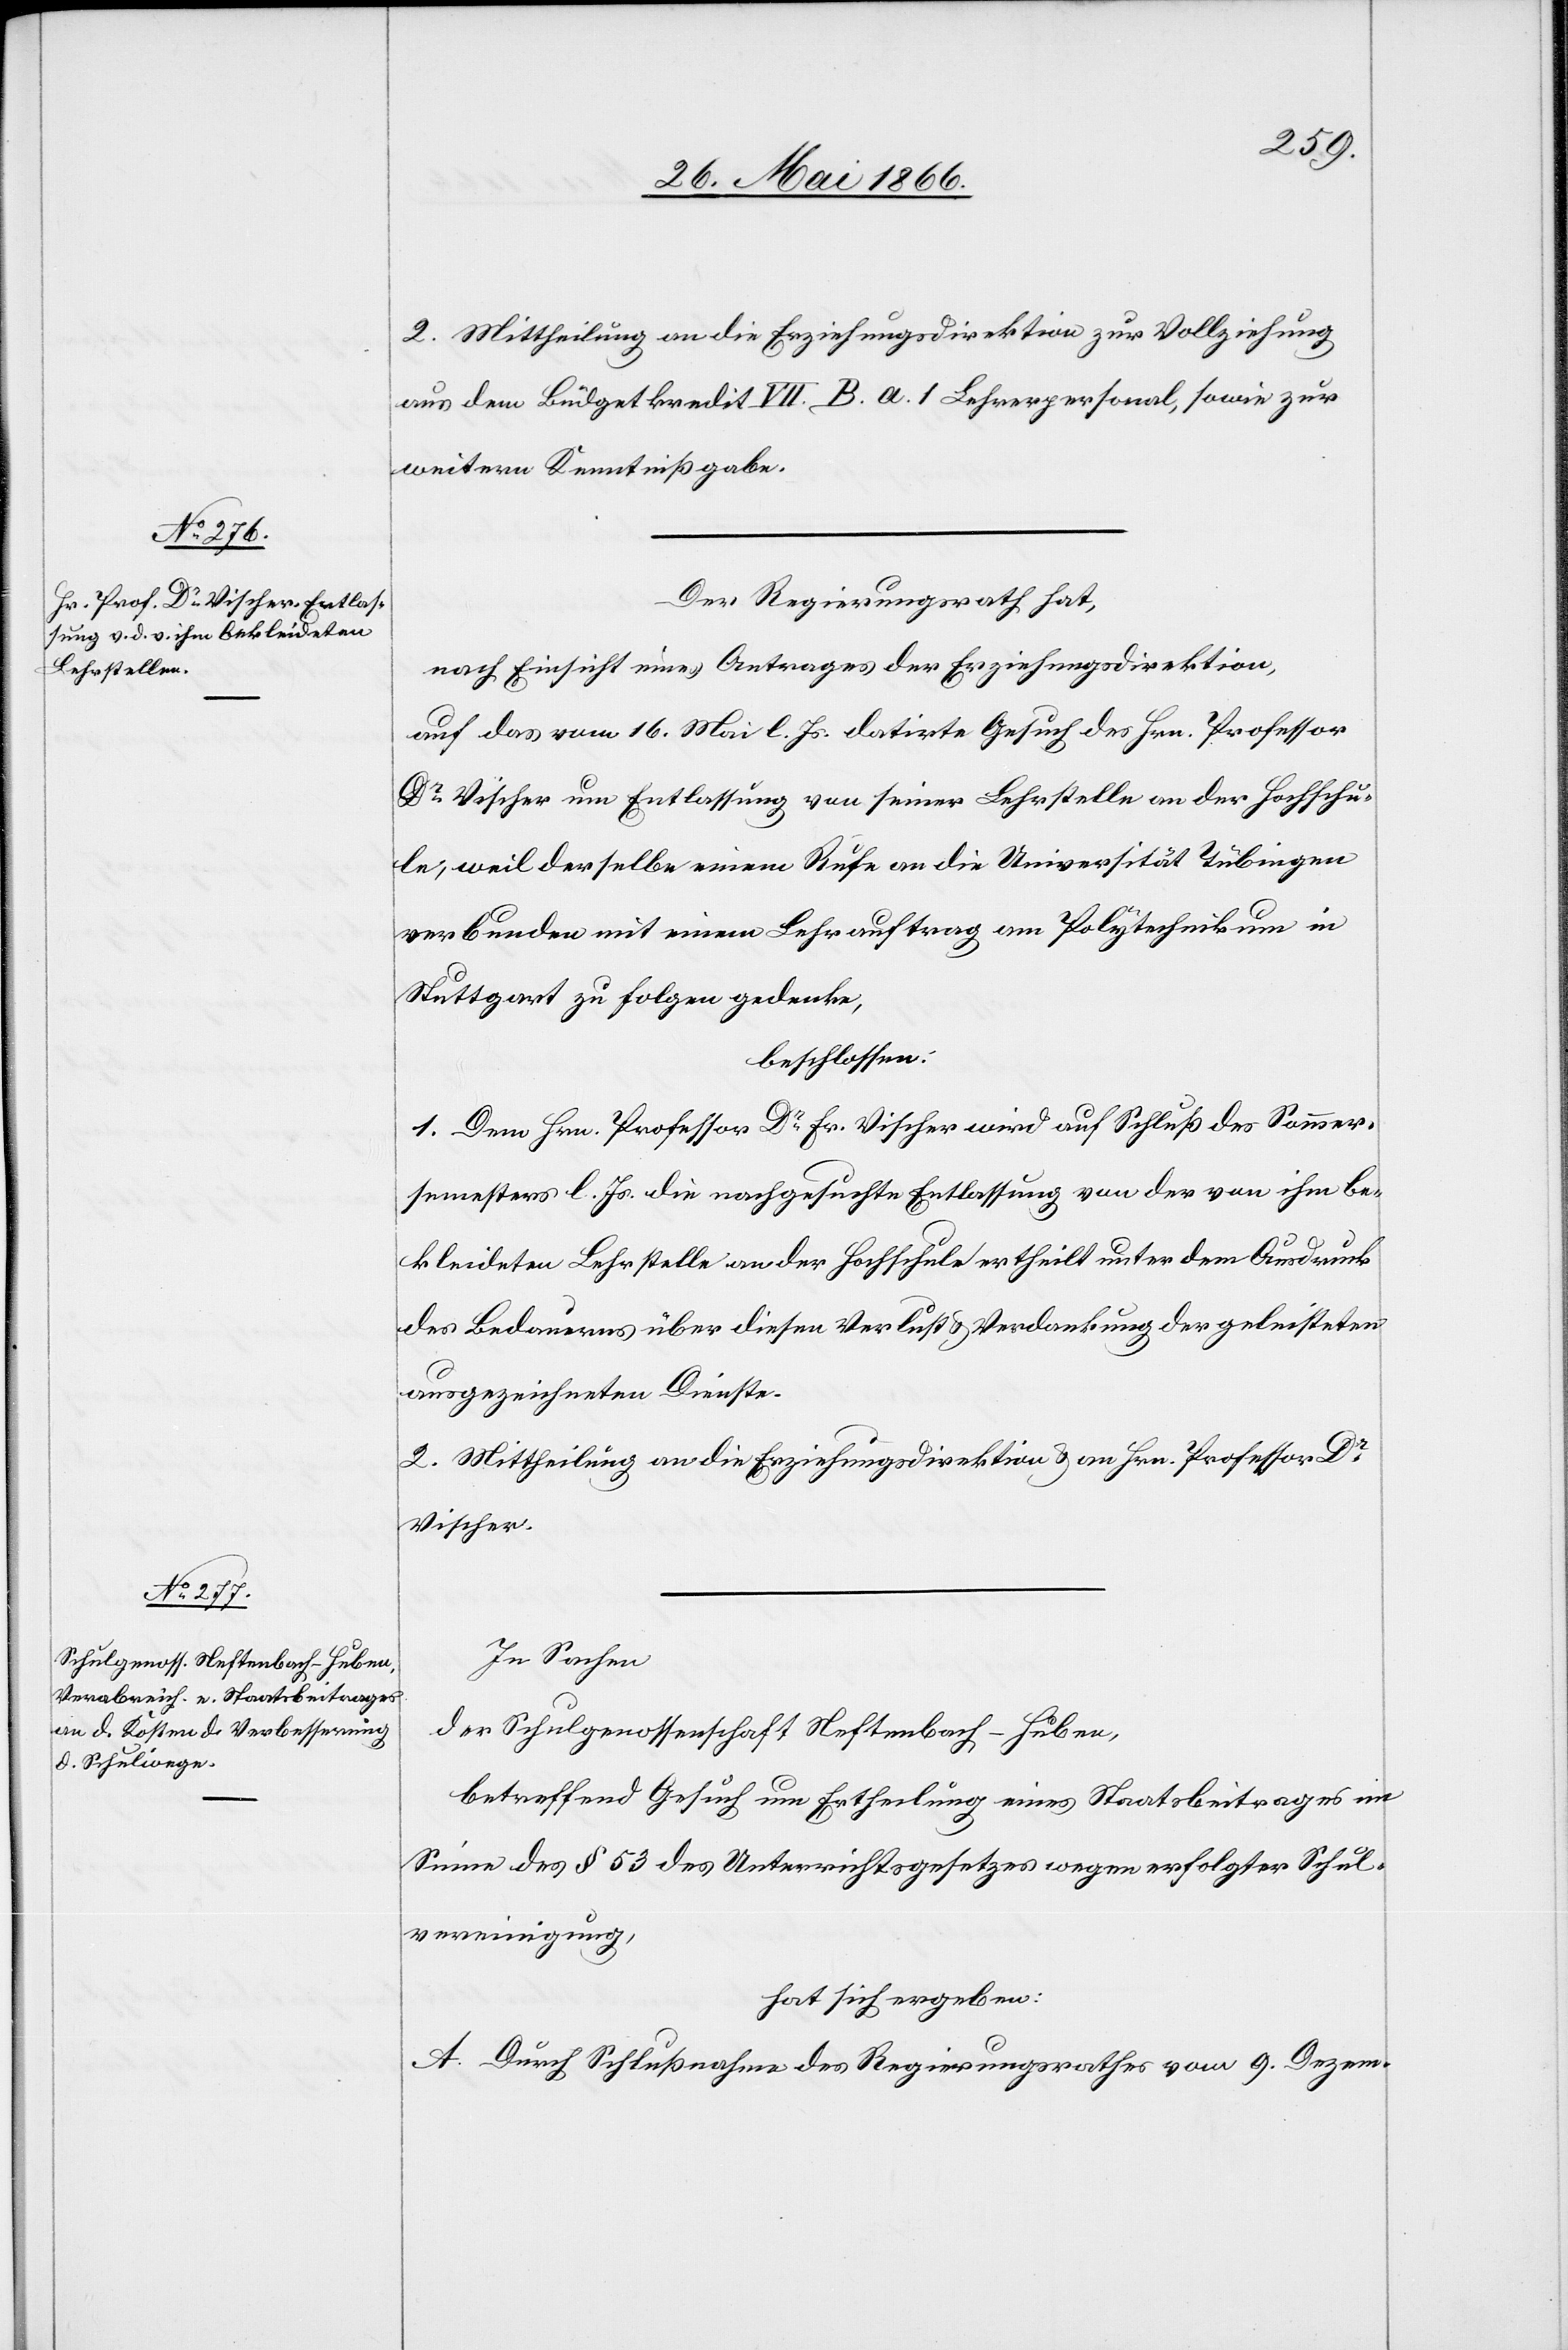
2. Mittheilung an die Erziehungsdirektion zur Vollziehung
aus dem Büdgetkredit VII. B. a. 1 Lehrerpersonal, sowie zur
weitern Kenntnißgabe.
Der Regierungsrath hat,
nach Einsicht eines Antrages der Erziehungsdirektion,
auf das vom 16. Mai l. Js. datirte Gesuch des Hrn. Professor
Dr. Vischer um Entlassung von seiner Lehrstelle an der Hochschu¬
le, weil derselbe einem Ruf an die Universität Tübingen
verbunden mit einem Lehrauftrag am Polytechnikum in
Stuttgart zu folgen gedenke,
beschlossen:
1. Dem Hrn. Professor Dr. Fr. Vischer wird auf Schluß des Sommer¬
semesters l. Js. die nachgesuchte Entlassung von der von ihm be¬
kleideten Lehrstelle an der Hochschule ertheilt unter dem Ausdruck
des Bedauerns über diesen Verlust u. Verdankung der geleisteten
ausgezeichneten Dienste.
2. Mittheilung an die Erziehungsdirektion u. an Hrn. Professor Dr.
Vischer.
In Sachen
der Schulgenossenschaft Neftenbach-Huben,
betreffend Gesuch um Ertheilung eines Staatsbeitrages im
Sinne des § 53 des Unterrichtsgesetzes wegen erfolgter Schul¬
vereinigung,
hat sich ergeben:
A. Durch Schlußnahme des Regierungsrathes vom 9. Dezem-